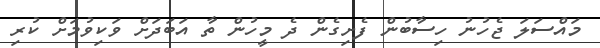
މައްސަލަ ޖެހުނު ހިސާބުން ފެށިގެން ދެ މީހުން ތާ އަބަދަށް ވަކިވުމަށް ކުރި